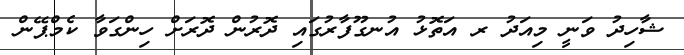
ޝާހިދު ވަނީ މިއަދު ރ އަތޮޅު އުނގޫފާރުގައި ދޮރުން ދޮރަށް ހިންގަވާ ކެމްޕޭން